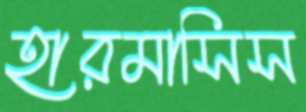
হারমাসিস